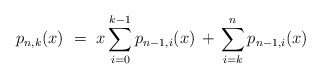
\begin{align*} p_{n,k}(x) \ = \ x \sum_{i=0}^{k-1} p_{n-1,i}(x) \, + \, \sum_{i=k}^n p_{n-1,i}(x) \end{align*}